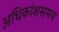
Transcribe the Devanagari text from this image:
अधिकांशसमय